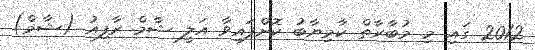
2012 ގައި މި މުބާރާތް ކާމިޔާބު ކޮށްފައިވާ އަލީ ޝާމް ރާފިއު (ޝާމް)